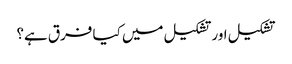
تشکیل اور تشکیل میں کیا فرق ہے؟